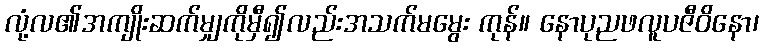
လုံ့လ၏အကျိုးဆက်မျှကိုမှီ၍လည်းအသက်မမွေး ကုန်။ နောပုညဖလူပဇီဝိနော၊